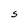
Character: S